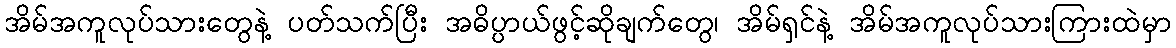
အိမ်အကူလုပ်သားတွေနဲ့ ပတ်သက်ပြီး အဓိပ္ပာယ်ဖွင့်ဆိုချက်တွေ၊ အိမ်ရှင်နဲ့ အိမ်အကူလုပ်သားကြားထဲမှာ